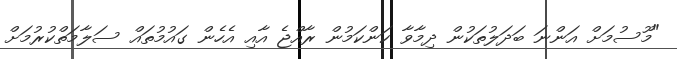
"މޫސުމަށް އަންނަ ބަދަލުތަކުން ދިމާވާ ކަންކަމުން ރާއްޖެ އާއި އެހެން ގައުމުތައް ސަލާމަތްކުރުމަށް